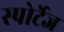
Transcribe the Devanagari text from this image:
स्पोर्टेज